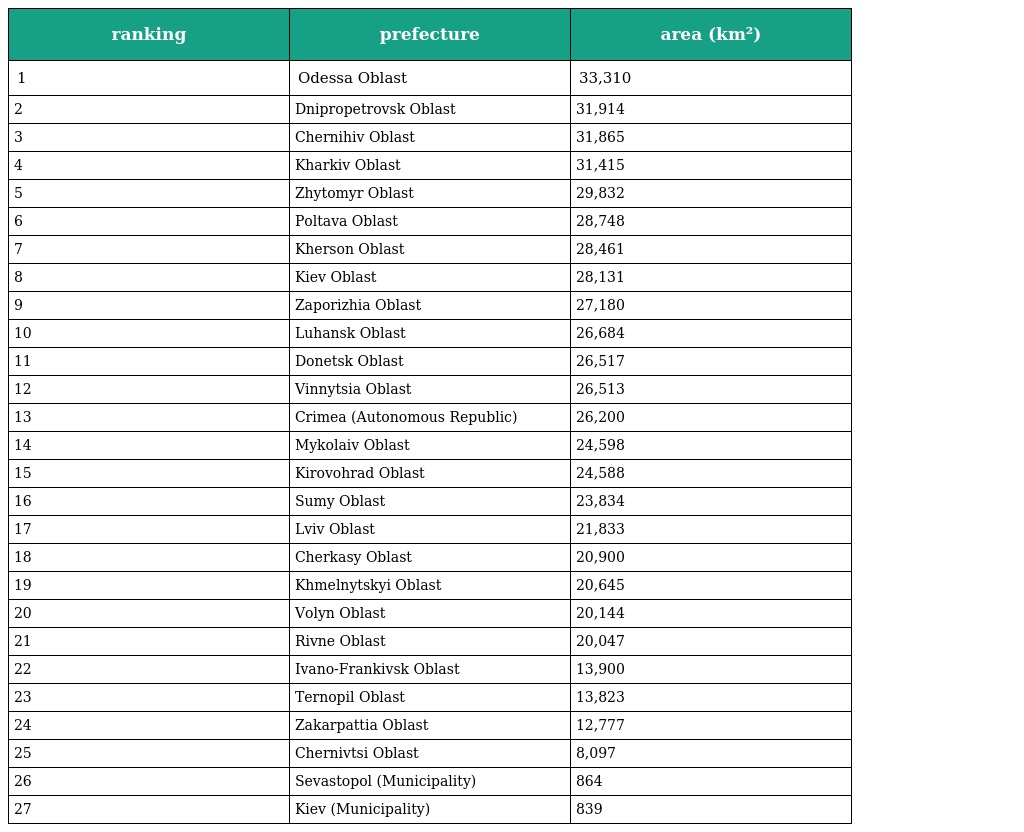
| ranking | prefecture | area (km²) |
 | --- | --- | --- |
 | 1 | Odessa Oblast | 33,310 |
 | 2 | Dnipropetrovsk Oblast | 31,914 |
 | 3 | Chernihiv Oblast | 31,865 |
 | 4 | Kharkiv Oblast | 31,415 |
 | 5 | Zhytomyr Oblast | 29,832 |
 | 6 | Poltava Oblast | 28,748 |
 | 7 | Kherson Oblast | 28,461 |
 | 8 | Kiev Oblast | 28,131 |
 | 9 | Zaporizhia Oblast | 27,180 |
 | 10 | Luhansk Oblast | 26,684 |
 | 11 | Donetsk Oblast | 26,517 |
 | 12 | Vinnytsia Oblast | 26,513 |
 | 13 | Crimea (Autonomous Republic) | 26,200 |
 | 14 | Mykolaiv Oblast | 24,598 |
 | 15 | Kirovohrad Oblast | 24,588 |
 | 16 | Sumy Oblast | 23,834 |
 | 17 | Lviv Oblast | 21,833 |
 | 18 | Cherkasy Oblast | 20,900 |
 | 19 | Khmelnytskyi Oblast | 20,645 |
 | 20 | Volyn Oblast | 20,144 |
 | 21 | Rivne Oblast | 20,047 |
 | 22 | Ivano-Frankivsk Oblast | 13,900 |
 | 23 | Ternopil Oblast | 13,823 |
 | 24 | Zakarpattia Oblast | 12,777 |
 | 25 | Chernivtsi Oblast | 8,097 |
 | 26 | Sevastopol (Municipality) | 864 |
 | 27 | Kiev (Municipality) | 839 |